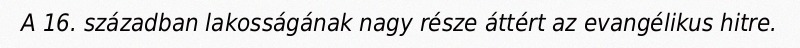
A 16. században lakosságának nagy része áttért az evangélikus hitre.